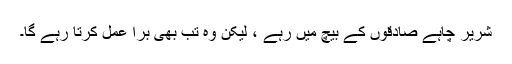
شریر چاہے صادقوں کے بیچ میں رہے ، لیکن وہ تب بھی برا عمل کرتا رہے گا۔